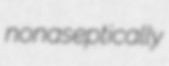
nonaseptically